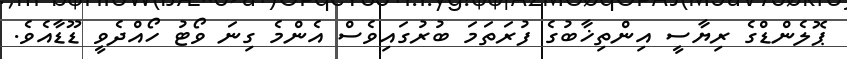
ޕޮލެންޑްގެ ރިޔާސީ އިންތިޚާބުގެ ފުރަތަމަ ބުރުގައިވެސް އެންމެ ގިނަ ވޯޓު ހޯއްދެވީ ޑޫޑާއެވެ.